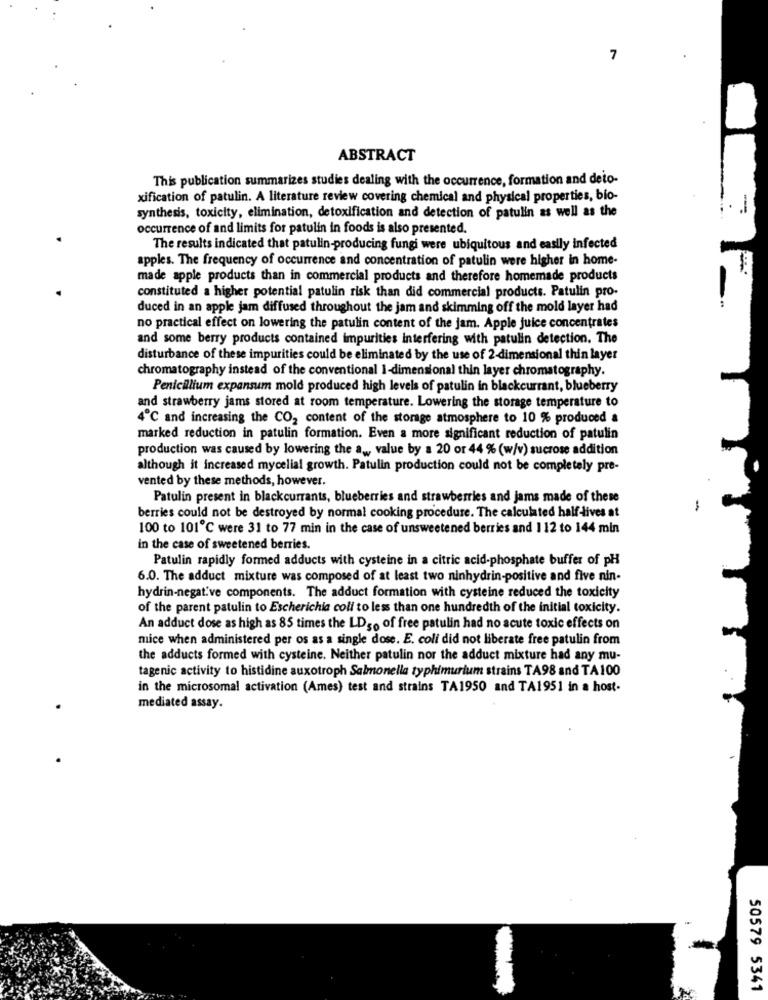
ABSTRACT
This publication summarizes studies dealing with the occurrence, formation and deio-
xification of patulin. A literature review covering chemical and physical properties, bio-
-
synthesis, toxicity, elimination, detoxification and detection of patulin as well as the
occurrence of and limits for patulin in foods is also presented.
The results indicated that patulin-producing fungi were ubiquitous and easily infected
apples. The frequency of occurrence and concentration of patulin were higher in home-
made apple products than in commercial products and therefore homemade products
constituted a higher potential patulin risk than did commercial products. Patulin pro-
duced in an apple jam diffused throughout the jam and skimming off the mold layer had
no practical effect on lowering the patulin content of the jam. Apple juice concentrates
and some berry products contained impurities interfering with patulin detection. The
disturbance of these impurities could be eliminated by the use of 2-dimensional thin layer
chromatography instead of the conventional I-dimensional thin layer chromatography.
Penicillium expansum mold produced high levels of patulin in blackcurrant, blueberry
and strawberry jams stored at room temperature. Lowering the storage temperature to
4℃ and increasing the CO2 content of the storage atmosphere to 10 % produced a
marked reduction in patulin formation. Even a more significant reduction of patulin
production was caused by lowering the aw value by a 20 or 44 % (w/v) sucrose addition
although it increased mycelial growth. Patulin production could not be completely pre-
vented by these methods, however.
Patulin present in blackcurrants, blueberries and strawberries and jams made of these
berries could not be destroyed by normal cooking procedure. The calculated half -lives at
100 to 101℃ were 31 to 77 min in the case of unsweetened berries and 112 to 144 min
in the case of sweetened berries.
Patulin rapidly formed adducts with cysteine in a citric acid-phosphate buffer of pH
6.0. The adduct mixture was composed of at least two ninhydrin-positive and five nin-
hydrin-negative components. The adduct formation with cysteine reduced the toxicity
of the parent patulin to Escherichia coli to less than one hundredth of the initial toxicity.
An adduct dose as high as 85 times the LDg. of free patulin had no acute toxic effects on
mice when administered per os as a single dose. E. coli did not liberate free patulin from
the adducts formed with cysteine. Neither patulin nor the adduct mixture had any mu-
tagenic activity to histidine auxotroph Salmonella typhimurium strains TA98 and TA100
in the microsomal activation (Ames) test and strains TA1950 and TA1951 in a host.
mediated assay.
50579 5341